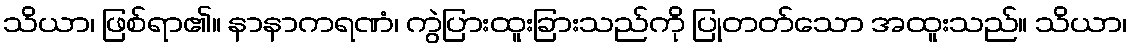
သိယာ၊ ဖြစ်ရာ၏။ နာနာကရဏံ၊ ကွဲပြားထူးခြားသည်ကို ပြုတတ်သော အထူးသည်။ သိယာ၊